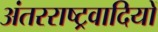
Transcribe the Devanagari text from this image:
अंतरराष्ट्रवादियों